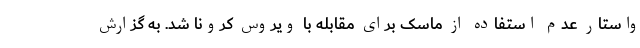
واستار عدم استفاده از ماسک برای مقابله با ویروس کرونا شد. به گزارش